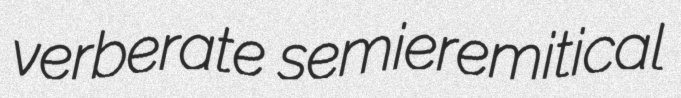
verberate semieremitical